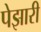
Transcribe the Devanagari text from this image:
पेझारी